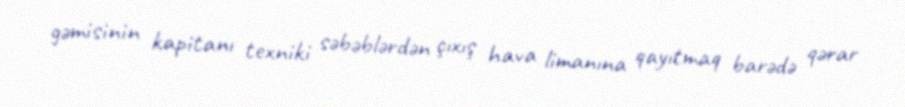
gəmisinin kapitanı texniki səbəblərdən çıxış hava limanına qayıtmaq barədə qərar